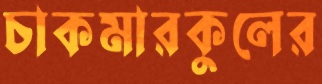
চাকমারকুলের